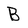
Character: B